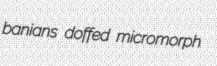
banians doffed micromorph